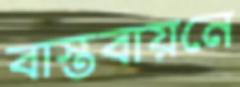
বাস্তবায়নে